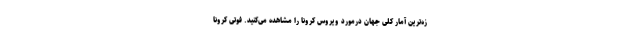
زه‌ترین آمار کلی جهان درمورد ویروس کرونا را مشاهده می‌کنید. فوتی کرونا